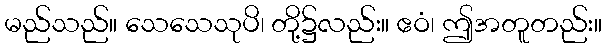
မည်သည်။ သေသေသုပိ၊ တို့၌လည်း။ ဧဝံ၊ ဤအတူတည်း။